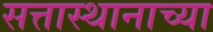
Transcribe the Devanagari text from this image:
सत्तास्थानाच्या